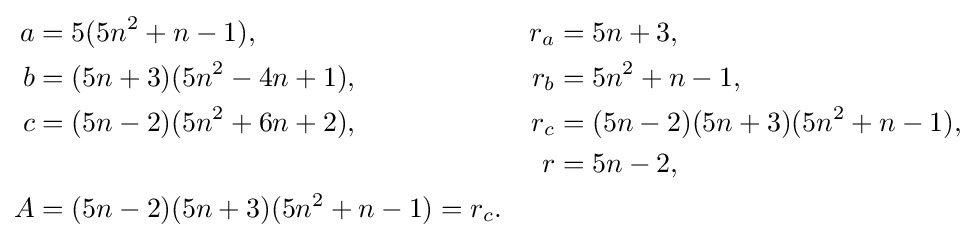
{\begin{aligned}a&=5(5n^{2}+n-1),&r_{a}&=5n+3,\\b&=(5n+3)(5n^{2}-4n+1),&r_{b}&=5n^{2}+n-1,\\c&=(5n-2)(5n^{2}+6n+2),&r_{c}&=(5n-2)(5n+3)(5n^{2}+n-1),\\&&r&=5n-2,\\A&=(5n-2)(5n+3)(5n^{2}+n-1)=r_{c}.\end{aligned}}